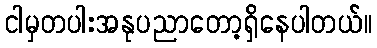
ငါမှတပါးအနုပညာတော့ရှိနေပါတယ်။